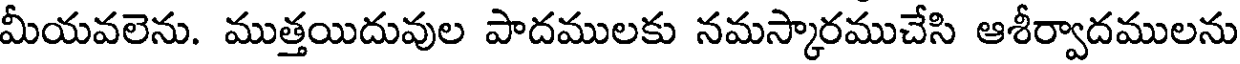
మీయవలెను. ముత్తయిదువుల పాదములకు నమస్కారముచేసి ఆశీర్వాదములను